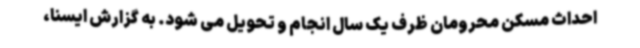
احداث مسکن محرومان ظرف یک سال انجام و تحویل می شود. به گزارش ایسنا،